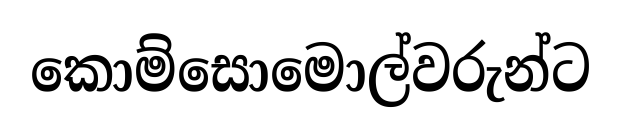
කොම්සොමොල්වරුන්ට